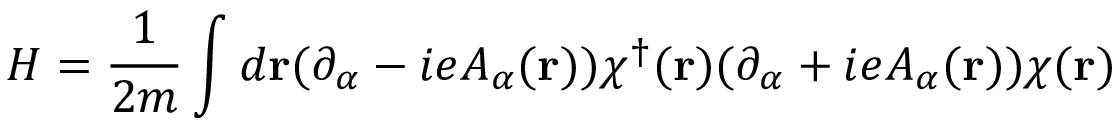
H = \frac { 1 } { 2 m } \int d { \bf r } ( \partial _ { \alpha } - i e A _ { \alpha } ( { \bf r } ) ) \chi ^ { \dagger } ( { \bf r } ) ( \partial _ { \alpha } + i e A _ { \alpha } ( { \bf r } ) ) \chi ( { \bf r } )